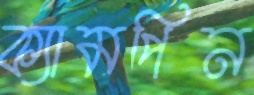
ক্যামপিন